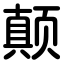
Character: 颠